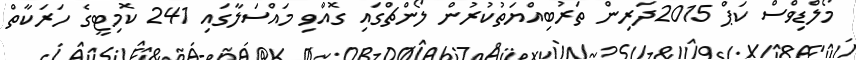
މޯލްޑިވްސް ކަޕް 2015ދަރިން ތަރުބިއްޔަތުކުރުން ލޯންޗްގައި ގޮއްވި މައްސަލާގައި 241 ކޮމިޓީގެ ހަރަކާތް